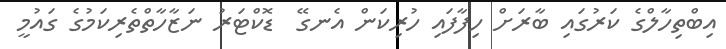
އިބްތިހާލްގެ ކަރުގައި ބާރަށް ހިފާފައި ހުރިކަން އެނގޭ  ޑޮކްޓަރު ނަޒާހާތްތެރިކަމުގެ ގައުމީ